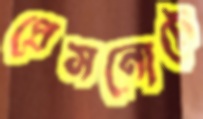
প্রেসনোটে